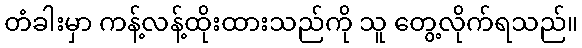
တံခါးမှာ ကန့်လန့်ထိုးထားသည်ကို သူ တွေ့လိုက်ရသည်။